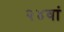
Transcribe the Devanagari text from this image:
२४वां